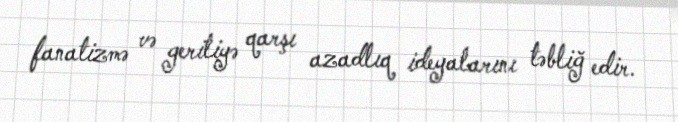
fanatizmə və geriliyə qarşı azadlıq ideyalarını təbliğ edir.